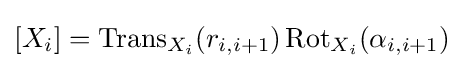
[X_{i}]=\operatorname {Trans} _{X_{i}}(r_{i,i+1})\operatorname {Rot} _{X_{i}}(\alpha _{i,i+1})